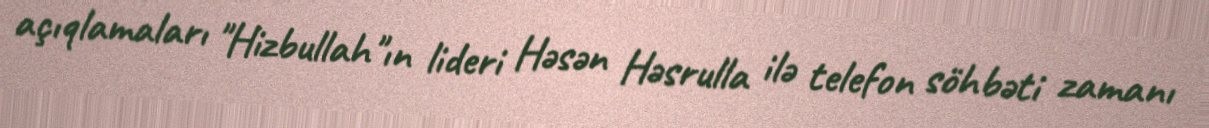
açıqlamaları "Hizbullah"ın lideri Həsən Həsrulla ilə telefon söhbəti zamanı